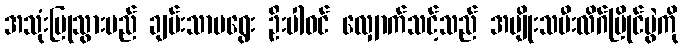
အသုံးပြုသွားမည် ချမ်းသာမရွေး ဦးပါဝင် လျှောက်သင့်သည် အမျိုးသမီးလိဂ်ပြိုင်ပွဲကို